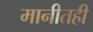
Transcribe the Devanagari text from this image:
मानीतही